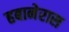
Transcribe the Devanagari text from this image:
हबानेरास